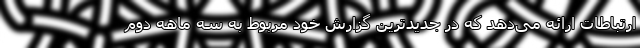
ارتباطات ارائه می‌دهد که در جدیدترین گزارش خود مربوط به سه ماهه دوم